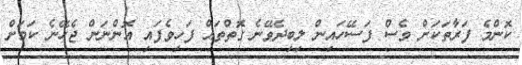
ކޮންމެ ފަރާތަކަށް ވެސް ފަސޭހައިން ލިބިދެވޭނެ ގޮތްތައް ފަހިވެފައި އޮންނަން ޖެހޭނެ ކަމަށް